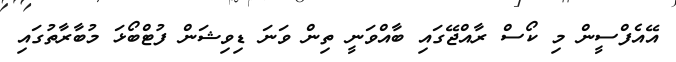
އޭއެފްސީން މި ކޯސް ރާއްޖޭގައި ބާއްވަނީ ތިން ވަނަ ޑިވިޝަން ފުޓްބޯޅަ މުބާރާތުގައި